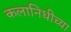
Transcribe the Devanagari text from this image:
कलानिधीच्या